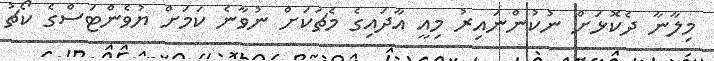
މިލާނާ ދެކޮޅަށް ނުކުންނައިރު މިއީ އާދައިގެ މެޗަކަށް ނުވާނެ ކަމަށް ޔުވެންޓަސްގެ ކޯޗު